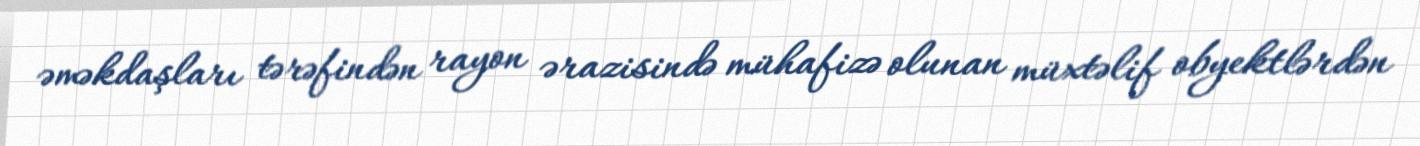
əməkdaşları tərəfindən rayon ərazisində mühafizə olunan müxtəlif obyektlərdən